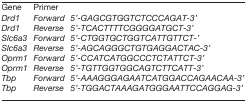
<table><thead><tr><td><b>Gene</b></td><td colspan="2"><b>Primer</b></td></tr></thead><tbody><tr><td><i>Drd1</i></td><td><i>Forward</i></td><td><i>5'-GAGCGTGGTCTCCCAGAT-3'</i></td></tr><tr><td><i>Drd1</i></td><td><i>Reverse</i></td><td><i>5'-TCACTTTTCGGGGATGCT-3'</i></td></tr><tr><td><i>Slc6a3</i></td><td><i>Forward</i></td><td><i>5'-CTGGTGCTGGTCATTGTTCT-'</i></td></tr><tr><td><i>Slc6a3</i></td><td><i>Reverse</i></td><td><i>5'-AGCAGGGCTGTGAGGACTAC-3'</i></td></tr><tr><td><i>Oprm1</i></td><td><i>Forward</i></td><td><i>5'-CCATCATGGCCCTCTATTCT-3'</i></td></tr><tr><td><i>Oprm1</i></td><td><i>Reverse</i></td><td><i>5'-TGTTGGTGGCAGTCTTCATT-3'</i></td></tr><tr><td><i>Tbp</i></td><td><i>Forward</i></td><td><i>5'-AAAGGGAGAATCATGGACCAGAACAA-3'</i></td></tr><tr><td><i>Tbp</i></td><td><i>Reverse</i></td><td><i>5'-TGGACTAAAGATGGGAATTCCAGGAG-3'</i></td></tr></tbody></table>